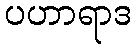
ပဟာရာဒ